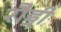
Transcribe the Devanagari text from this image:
रौड्नी